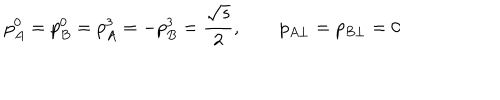
p _ { A } ^ { 0 } = p _ { B } ^ { 0 } = p _ { A } ^ { 3 } = - p _ { B } ^ { 3 } = \frac { \sqrt { s } } { 2 } , \qquad p _ { A \perp } = p _ { B \perp } = 0